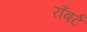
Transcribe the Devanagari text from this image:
राँबर्ट